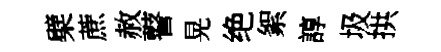
檗蔗赦瞽晃绝絮諄圾拱